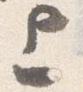
上